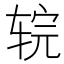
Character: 𰺇